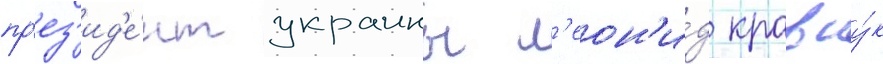
пр'ез'ид'е́нт украины л'еон'и́д кравчу́к